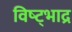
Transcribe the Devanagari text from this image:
विष्ट्भाद्र